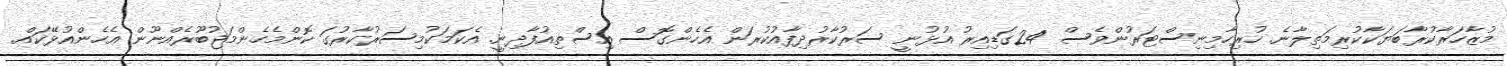
މުޒާހަރާކުރާބަޔަކާކުރިމަތިލާނެ. ހުރިހާމިނިސްޓަރުންވެސް 24ގަޑިއިރު އުޅުނީ ސަރުކާރުދިފާއުކުރަން އެހެންގޮސް އިސްތިއުފާދިނީ. އެކަމަކުމިސަރުކާރުގަ ކޮންމެހެންމަޖުބޫރެއްނޫން އެހެންއުޅޭކައް.